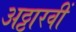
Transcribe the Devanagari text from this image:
अठ्ठारवीं